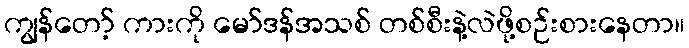
ကျွန်တော့် ကားကို မော်ဒန်အသစ် တစ်စီးနဲ့လဲဖို့စဉ်းစားနေတာ။